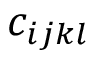
c _ { i j k l }